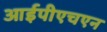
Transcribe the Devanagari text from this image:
आईपीएचएन